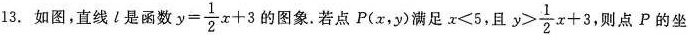
3.如图，直线l是函数$$y = \frac { 1 } { 2 } x + 3$$的图象.若点P(x.y)满足$$x < 5$$，且$$y > \frac { 1 } { 2 } x + 3$$，则点P的坐